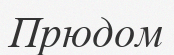
Прюдом